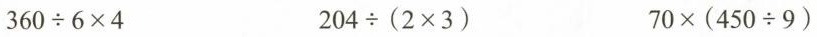
$$3 6 0 \div 6 \times 4$$ $$2 0 4 \div ( 2 \times 3 )$$ $$7 0 \times ( 4 5 0 \div 9 )$$